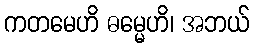
ကတမေဟိ ဓမ္မေဟိ၊ အဘယ်